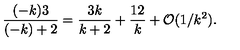
{ \frac { ( - k ) 3 } { ( - k ) + 2 } } = { \frac { 3 k } { k + 2 } } + { \frac { 1 2 } { k } } + { \cal O } ( 1 / k ^ { 2 } ) .